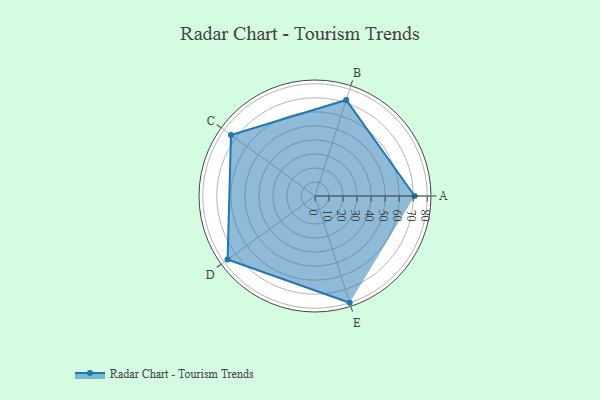
{"axis": {"x": "Skill", "y": "Score"}, "legend": ["Profile"], "data": [{"x": "A", "y": 71.0, "type": "Profile"}, {"x": "B", "y": 72.0, "type": "Profile"}, {"x": "C", "y": 74.0, "type": "Profile"}, {"x": "D", "y": 77.0, "type": "Profile"}, {"x": "E", "y": 80.0, "type": "Profile"}]}